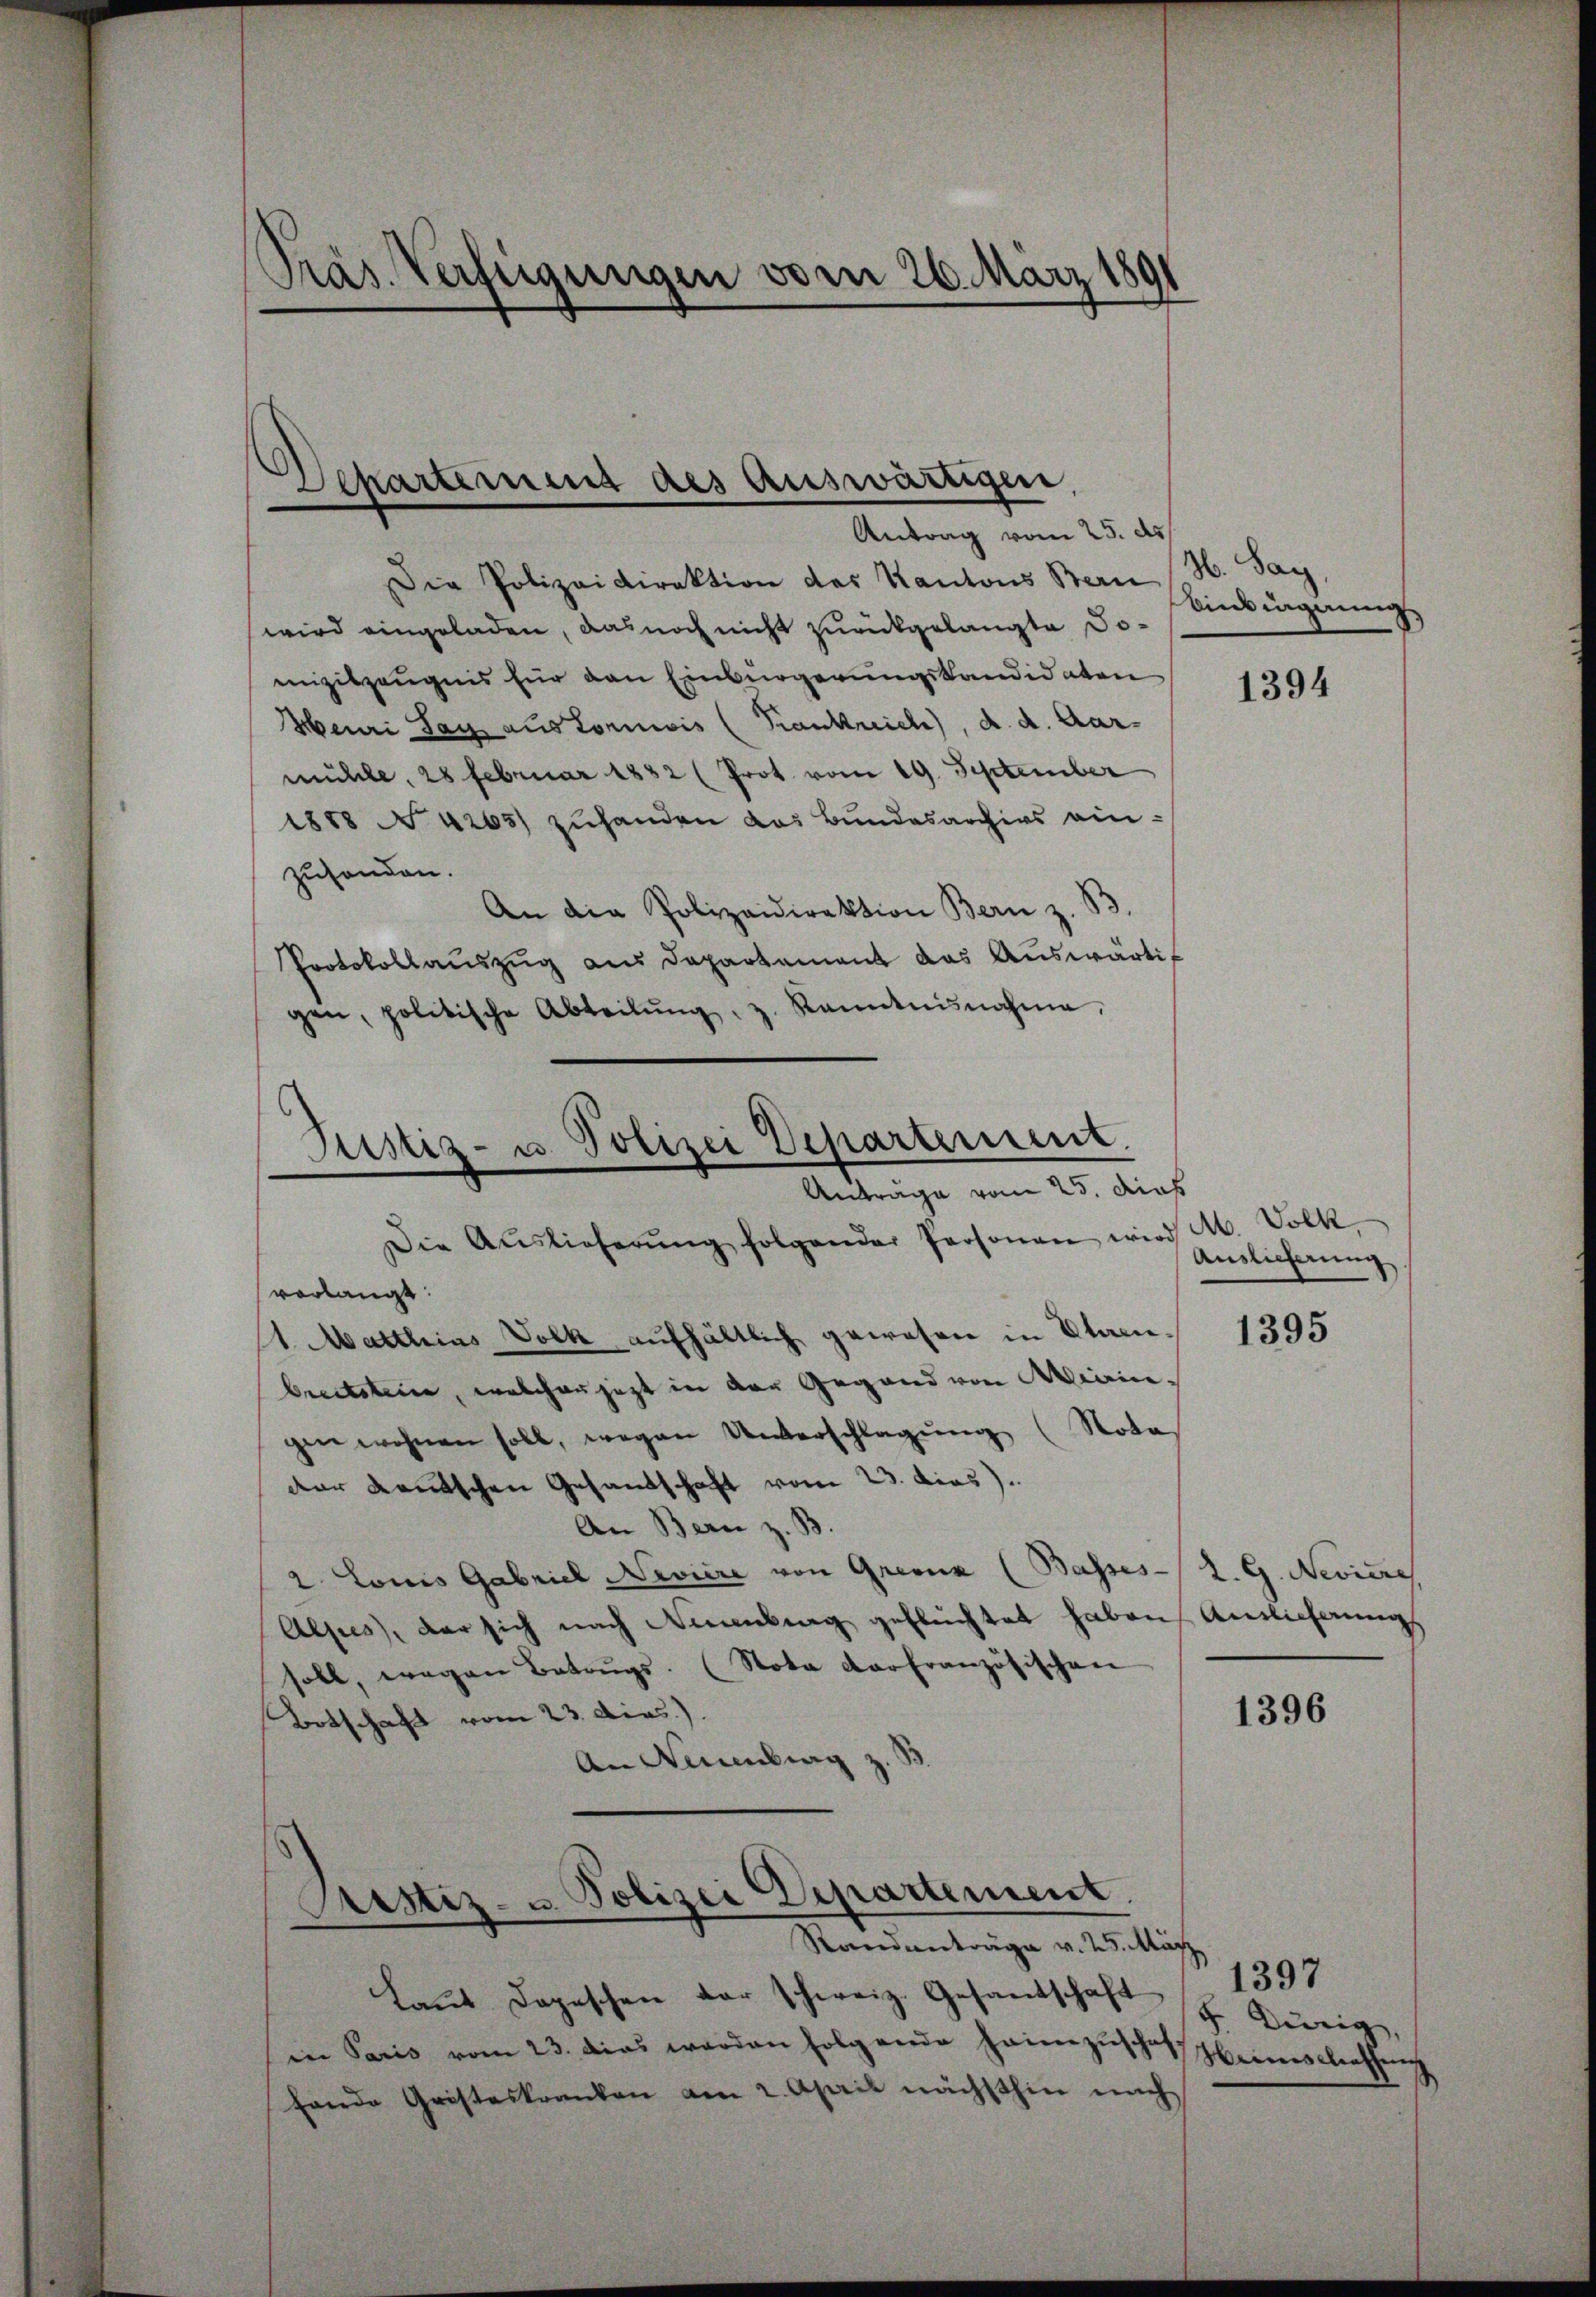
Präs. Verfügungen vom 26. März 1891

Departement des auswärtigen,
Antrag vom 25. d.

Die Polizeidirektion des Kantons Bern
wird eingeladen, das noch nicht zurückgelangte Domziszeugnis für den Einbürgerungskandidaten
Heuri Tag aus Tornis (Krankreich, d. d. Aar-
mühle, 28 Februar 1832 (Prot vom 19. September
1888 N. 4265) zuhanden das Bundesarchivs einzusonden.
An die Polizeidirektion Bern z. B.
Protokollaŭszŭg ans Departement das Aŭswärtigen, politische Abteilŭng, z. Kanntnisnahme,

Justiz- u. Polizei Departement.
Antrage vom 25. dich

Die Auslieferŭng folgender Personen wird
vorlangt:
1. Matthias Volk aufhältlich gewesen in Planbreitsteien, welcher jetzt in der Gegend von Minin-
gen wohnen soll, wegen Unterschlagung (Notas
der deutschen Gesandschaft vom 23. Dies).
An Bern z. B.
2. Louis Gabriel Nevière von Grenz (Basses L. G. Neviere
Alpes, der sich nach Nürnberg geflüchtet haben, Auslieferung
soll, wegen Betrŭgs. (Nota darfranzösischen
Botschaft vom 23. dies.).
An Neuburg

Sistiz- u. Polizei Departement.
Randanträge v. 25. März

Laŭt Depeschen der schweiz. Gesandschaft H. Dürig,
in Paris vom 23. dies werden folgende heimzuschaft eines liessung
hande Gristeskranken am 2. April nächsthin mach

M. Parz
Vindignung

1394

M. Volk
Auslieferung

1395

1396

1397